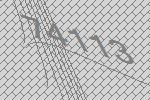
74113